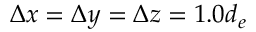
\Delta x = \Delta y = \Delta z = 1 . 0 d _ { e }